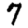
Digit: 7